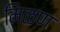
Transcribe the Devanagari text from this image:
मिळण